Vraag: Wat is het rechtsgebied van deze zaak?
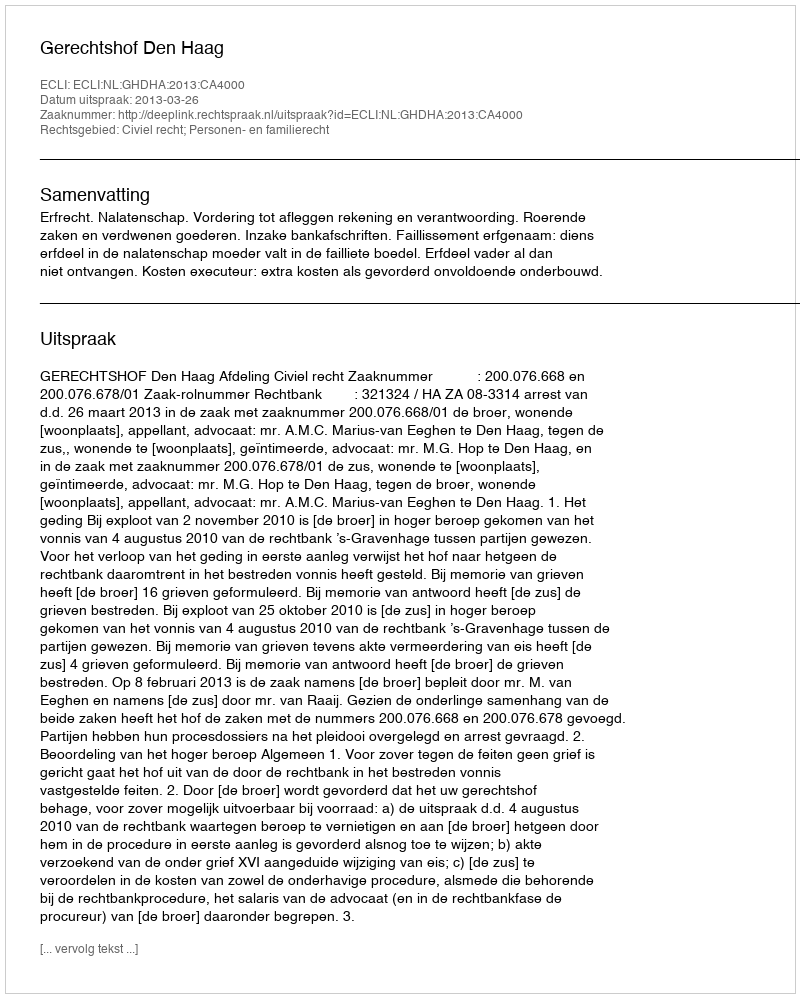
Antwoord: Civiel recht; Personen- en familierecht